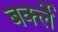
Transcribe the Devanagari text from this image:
बर्क्ले